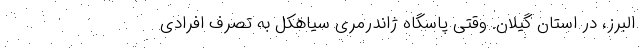
البرز، در استان گیلان. وقتی پاسگاه ژاندرمری سیاهکل به تصرف افرادی